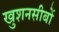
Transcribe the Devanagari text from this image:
खुशनसीबों